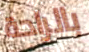
بالراحة